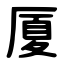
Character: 厦